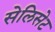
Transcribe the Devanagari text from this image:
सेलिसेट